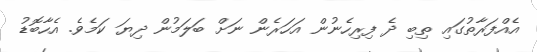
އެއްފަރާތުގައި ތިބި ދެ ފިރިހެނުން އަހަރެން ނަށް ބަލަމުން ދިޔަ ކަމެވެ. އެހާބޮޑު